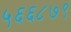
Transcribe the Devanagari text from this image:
५६६८७९